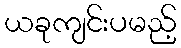
ယခုကျင်းပမည့်